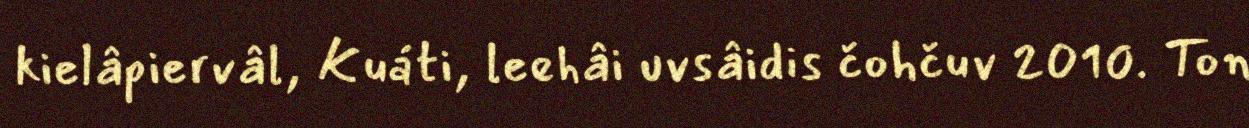
kielâpiervâl, Kuáti, leehâi uvsâidis čohčuv 2010. Ton